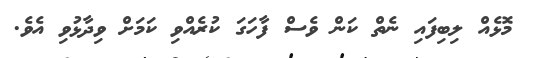
މޮޅެއް ލިބިފައި ނެތް ކަން ވެސް ފާހަގަ ކުރެއްވި ކަމަށް ވިދާޅުވި އެވެ.